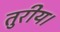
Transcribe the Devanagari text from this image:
तुरीय।